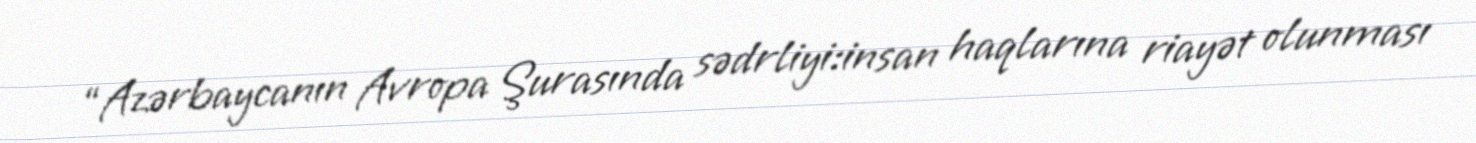
“Azərbaycanın Avropa Şurasında sədrliyi:insan haqlarına riayət olunması